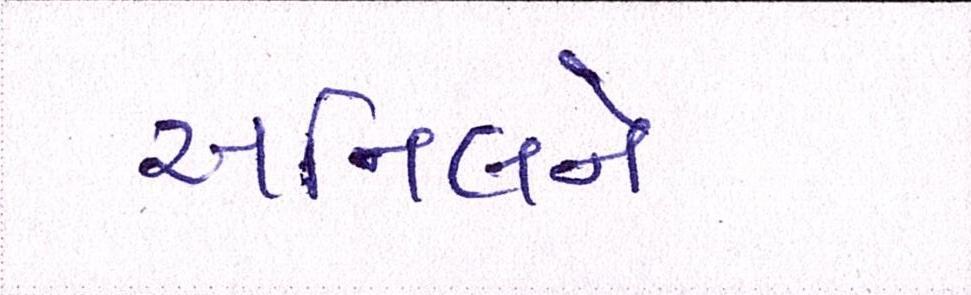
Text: અનિલને